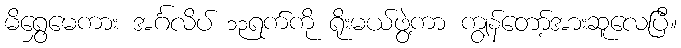
မိရွှေမေကား အင်္ဂလိပ် ၁၃ရက်ကို ရိုးမယ်ဖွဲ့ကာ ကျွန်တော့်အားဆူလေပြီ။